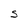
Character: S